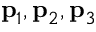
{ \bf p } _ { 1 } , { \bf p } _ { 2 } , { \bf p } _ { 3 }